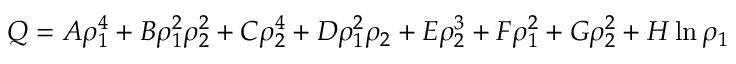
Q = A \rho _ { 1 } ^ { 4 } + B \rho _ { 1 } ^ { 2 } \rho _ { 2 } ^ { 2 } + C \rho _ { 2 } ^ { 4 } + D \rho _ { 1 } ^ { 2 } \rho _ { 2 } + E \rho _ { 2 } ^ { 3 } + F \rho _ { 1 } ^ { 2 } + G \rho _ { 2 } ^ { 2 } + H \ln \rho _ { 1 }